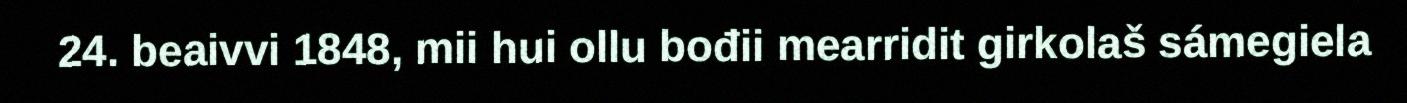
24. beaivvi 1848, mii hui ollu bođii mearridit girkolaš sámegiela